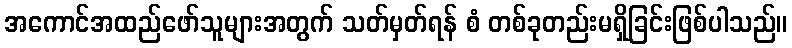
အကောင်အထည်ဖော်သူများအတွက် သတ်မှတ်ရန် စံ တစ်ခုတည်းမရှိခြင်းဖြစ်ပါသည်။